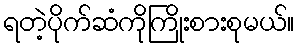
ရတဲ့ပိုက်ဆံကိုကြိုးစားစုမယ်။